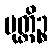
မုတ္တိဉ္စ